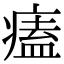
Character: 𤸱